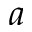
a